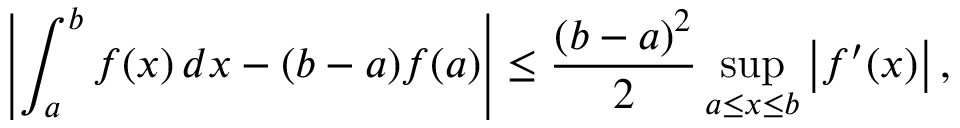
\left| \int _ { a } ^ { b } f ( x ) \, d x - ( b - a ) f ( a ) \right| \leq { \frac { ( b - a ) ^ { 2 } } { 2 } } \operatorname* { s u p } _ { a \leq x \leq b } \left| f ^ { \prime } ( x ) \right| ,